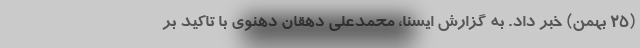
(۲۵ بهمن) خبر داد. به گزارش ایسنا، محمدعلی دهقان دهنوی با تاکید بر